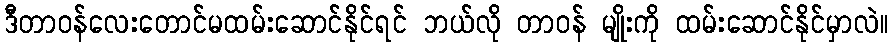
ဒီတာဝန်လေးတောင်မထမ်းဆောင်နိုင်ရင် ဘယ်လို တာဝန် မျိုးကို ထမ်းဆောင်နိုင်မှာလဲ။